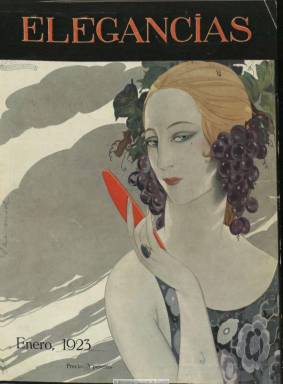
Título: Elegancias (Madrid)
Colección: Revistas femeninas || Moda
Ámbito geográfico: Madrid
Lugar de publicación: Madrid
Fechas: 01/01/1923-01/07/1926

Revista mensual dedicada a la mujer que empieza a publicar desde enero de 1923 Prensa Gráfica, que en ese momento estaba ya controlada por La Papelera Española, que presidía José María de Urgoiti (1869-1951), a cuyo grupo pertenecían otras revistas de gran tirada como Nuevo mundo (1894-1933), Por esos mundos (1900-1926), Mundo gráfico (1911-1936) o La esfera (1914-1931) y que comenzará a editar también en diciembre el semanario deportivo Aire libre (1923-1925).

En este caso se trata de una revista de lujo y gran formato, editada sobre un magnífico papel couché, que seguirá el modelo de las publicaciones parisinas dedicadas a la mujer a través de la moda y sus diseñadores. En entregas de una setentena de páginas y con una cubierta a color, combina la profusión de fotograbados (fotografías y dibujos), las páginas de publicidad y los textos de escritores conocidos. Al frente de la misma se pone como director Francisco Verdugo Landi (1874-1959), ayudado desde París por un delegado especial: Leo Merelo.

No sólo los dibujos a lápiz de Rafael de Penagos (1889-1954) sino también las propias fotografías transformarán en sus páginas la imagen de las españolas tradicionales mitificándolas como mujeres modernas, estilizadas y cosmopolitas. Será una revista que dedicará gran espacio a la moda y a sus complementos (peluquería, joyería o arte culinario), pero también a otras actividades que se abrían a las mujeres, como era la higiene y formación física través del deporte (en este caso concreto al esquí), al diseño de los espacios o al uso del nuevo medio de locomoción: el automóvil.

La revista considera a la propia mujer como una expresión artística. En sus páginas de publicidad se anunciarán desde las creaciones de la Casa Vanity Fair o Loewe hasta los salones del Hotel Palace o del Palacio de Hielo de Madrid, junto a otras inserciones de productos y establecimientos dedicados a la belleza y el estilismo. Si su primera gran foto de interior es la de la reina Victoria Eugenia, otras posteriores lo serán de otros miembros de la Familia Real y de aristócratas, pero también de actrices de teatro o de cine, como es el caso de Raquel Meller, y de estilizadas modelos, delgadas y con el cabello corto. Entre las firmas de sus textos aparecen las de Carmen de Burgos (Colombine), Enrique Gómez Carrillo, Federico García Sanchís, Eduardo Zamacois o Fanny Crosiset.

La revista, cuyo ejemplar costaba tres pesetas y estaba dirigida al público de la alta burguesía y una nueva aristocracia moderna, pasará a ser quincenal a partir del 15 de marzo de 1926, pero al publicar su número 49, correspondiente al uno de enero de ese año, anuncia su suspensión durante el verano, siguiendo la norma de las grandes publicaciones europeas de la época, ya que el estío era un paréntesis en el trabajo de los modistos y los centros creadores de novedades, señalaba, a la vez que invitaba a no perder el contacto con las novedades de la moda leyendo la sección correspondiente en la revista del mismo grupo editorial: La esfera. Con toda probabilidad, no reapareció.